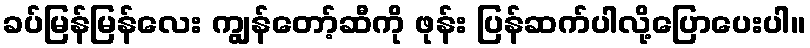
ခပ်မြန်မြန်လေး ကျွန်တော့်ဆီကို ဖုန်း ပြန်ဆက်ပါလို့ပြောပေးပါ။